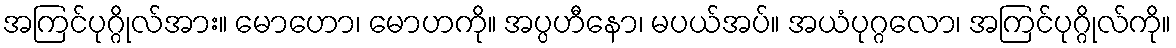
အကြင်ပုဂ္ဂိုလ်အား။ မောဟော၊ မောဟကို။ အပ္ပဟီနော၊ မပယ်အပ်။ အယံပုဂ္ဂလော၊ အကြင်ပုဂ္ဂိုလ်ကို။